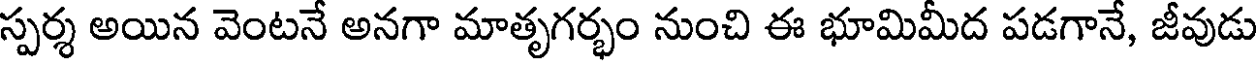
స్పర్శ అయిన వెంటనే అనగా మాతృగర్భం నుంచి ఈ భూమిమీద పడగానే, జీవుడు